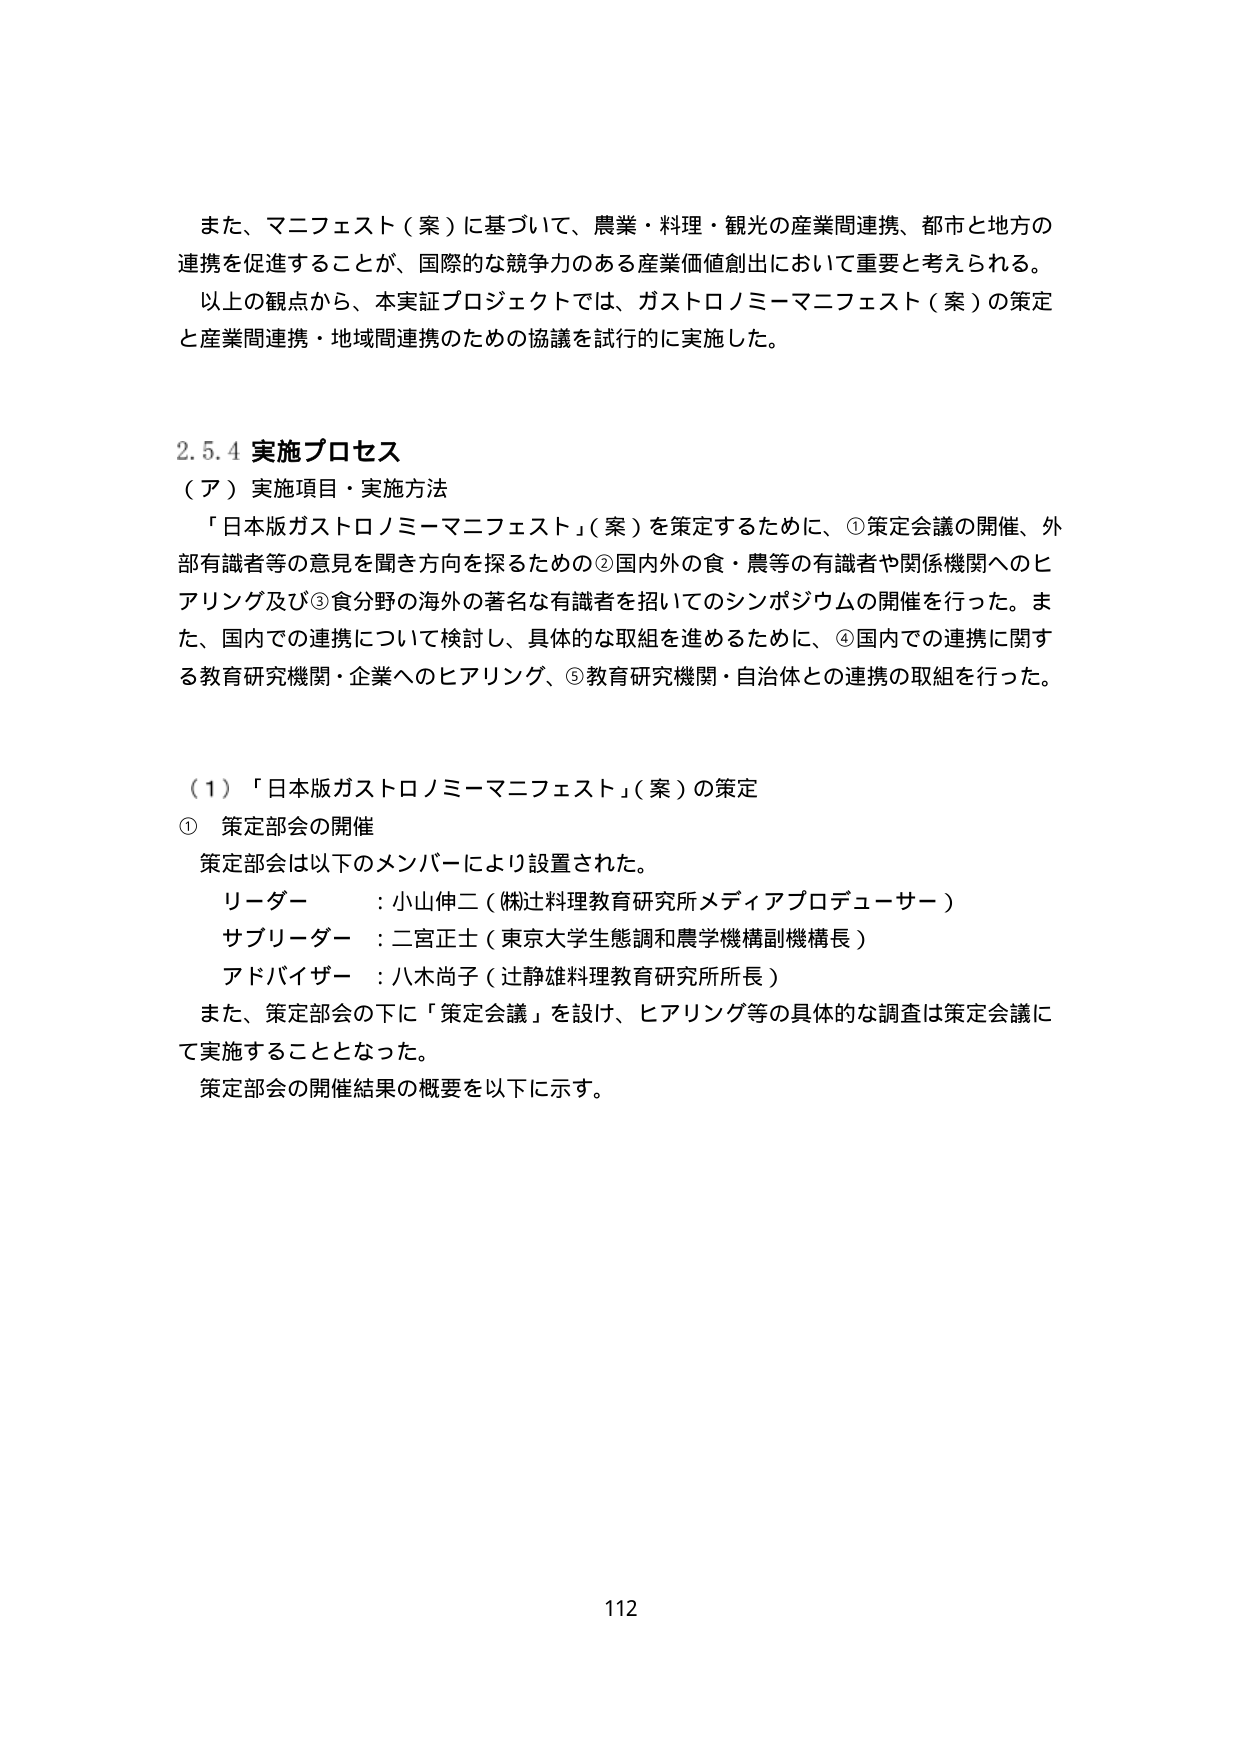
また、マニフェスト（案）に基づいて、農業・料理・観光の産業間連携、都市と地方の連携を促進することが、国際的な競争力のある産業価値創出において重要と考えられる。
以上の観点から、本実証プロジェクトでは、ガストロノミーマニフェスト（案）の策定と産業間連携・地域間連携のための協議を試行的に実施した。

2.5.4 実施プロセス
（ア）実施項目・実施方法
「日本版ガストロノミーマニフェスト」（案）を策定するために、①策定会議の開催、外部有識者等の意見を聞き方向を探るための②国内外の食・農等の有識者や関係機関へのヒアリング及び③食分野の海外の著名な有識者を招いてのシンポジウムの開催を行った。また、国内での連携について検討し、具体的な取組を進めるために、④国内での連携に関する教育研究機関・企業へのヒアリング、⑤教育研究機関・自治体との連携の取組を行った。

（1）「日本版ガストロノミーマニフェスト」（案）の策定
① 策定部会の開催
策定部会は以下のメンバーにより設置された。
リーダー ：小山伸二（㈱辻料理教育研究所メディアプロデューサー）
サブリーダー ：二宮正士（東京大学生態調和農学機構副機構長）
アドバイザー ：八木尚子（辻静雄料理教育研究所所長）
また、策定部会の下に「策定会議」を設け、ヒアリング等の具体的な調査は策定会議にて実施することとなった。
策定部会の開催結果の概要を以下に示す。

112